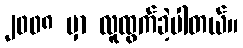
၂၀၀၈ မှာ လူထွက်ခဲ့ပါတယ်။